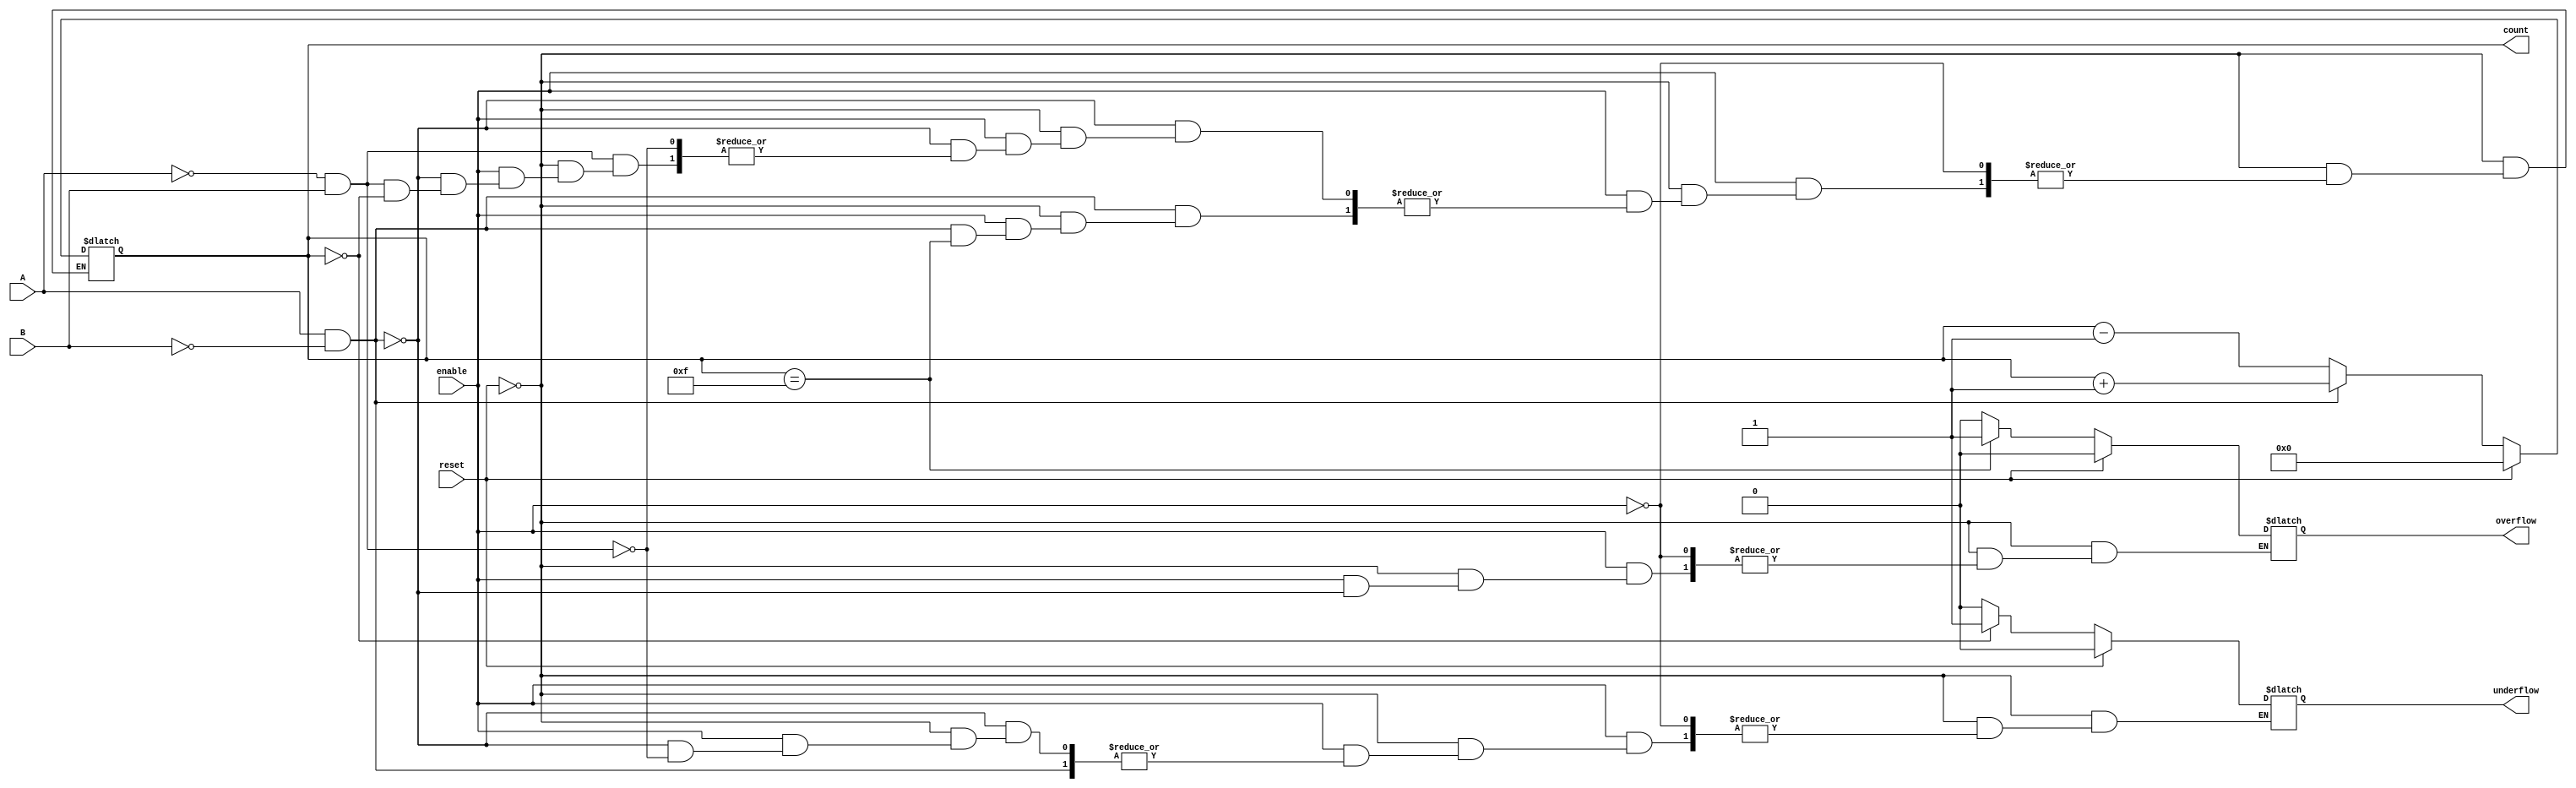
module dynamic_asynchronous_counter (
    input wire A,        // Count Up signal
    input wire B,        // Count Down signal
    input wire reset,    // Asynchronous reset signal
    input wire enable,    // Enable signal
    output reg [3:0] count, // 4-bit count value
    output reg overflow, // Overflow flag
    output reg underflow // Underflow flag
);

    // Initialize the count value and flags
    initial begin
        count = 4'b0000; // Start counting from 0
        overflow = 0;
        underflow = 0;
    end

    // Asynchronous reset and counting logic
    always @(*) begin
        if (reset) begin
            count = 4'b0000; // Reset count to 0
            overflow = 0;
            underflow = 0;
        end else if (enable) begin
            if (A && !B) begin
                // Count Up
                if (count == 4'b1111) begin
                    overflow = 1; // Set overflow flag
                end else begin
                    count = count + 1; // Increment count
                    overflow = 0; // Clear overflow flag
                end
            end else if (!A && B) begin
                // Count Down
                if (count == 4'b0000) begin
                    underflow = 1; // Set underflow flag
                end else begin
                    count = count - 1; // Decrement count
                    underflow = 0; // Clear underflow flag
                end
            end
        end
    end

endmodule